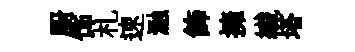
厨饰札速瀜飾擁纎塔